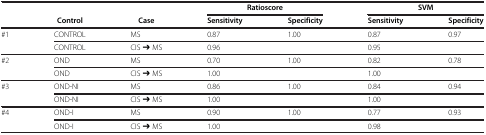
|  |  |  | <COLSPAN=2> Ratioscore | <COLSPAN=2> SVM |
 |  | Control | Case | Sensitivity | Specificity | Sensitivity | Specificity |
 | --- | --- | --- | --- | --- | --- | --- |
 | <ROWSPAN=2> #1 | CONTROL | MS | 0.87 | 1.00 | 0.87 | 0.97 |
 | CONTROL | CIS ➔ MS | 0.96 |  | 0.95 |  |
 | <ROWSPAN=2> #2 | OND | MS | 0.70 | 1.00 | 0.82 | 0.78 |
 | OND | CIS ➔ MS | 1.00 |  | 1.00 |  |
 | <ROWSPAN=2> #3 | OND-NI | MS | 0.86 | 1.00 | 0.84 | 0.94 |
 | OND-NI | CIS ➔ MS | 1.00 |  | 1.00 |  |
 | <ROWSPAN=2> #4 | OND-I | MS | 0.90 | 1.00 | 0.77 | 0.93 |
 | OND-I | CIS ➔ MS | 1.00 |  | 0.98 |  |